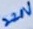
Text: 220V